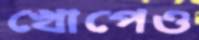
খোপেও